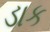
ડાક